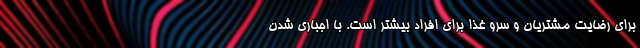
برای رضایت مشتریان و سرو غذا برای افراد بیشتر است. با اجباری شدن